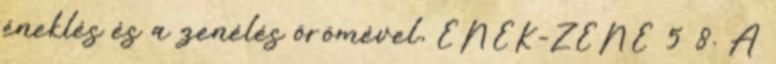
éneklés és a zenélés örömével, ÉNEK-ZENE 5 8. A